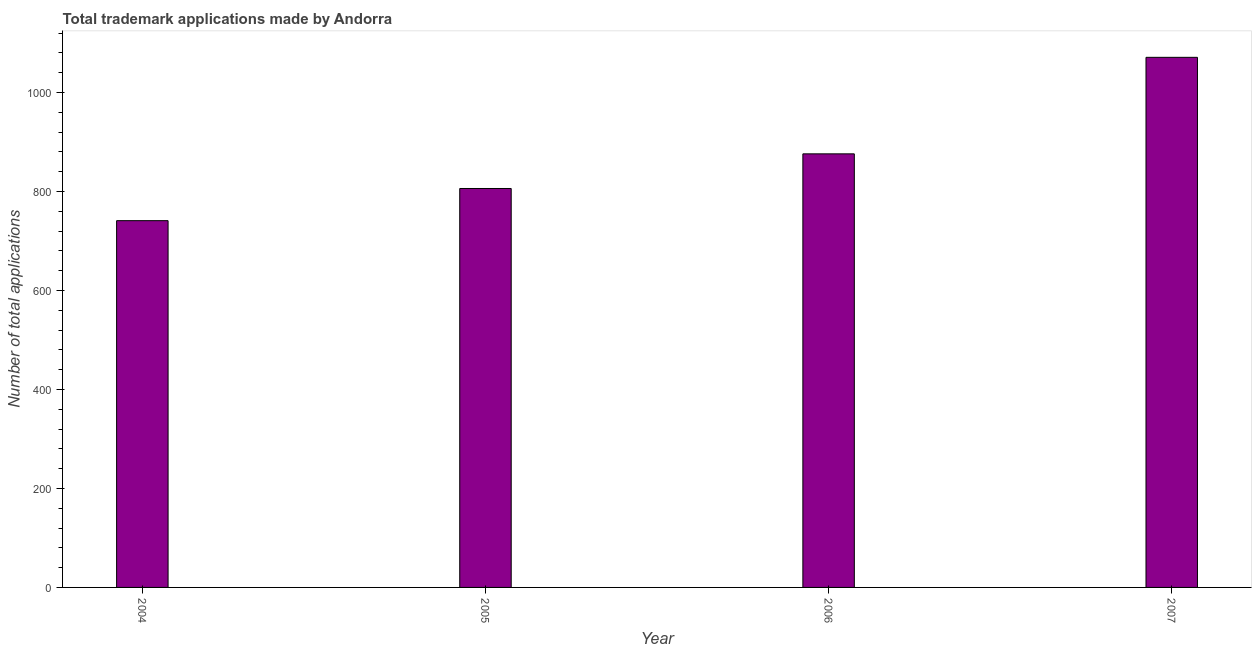
| Year | Trademark applications |
 | --- | --- |
 | 2004 | 741 |
 | 2005 | 806 |
 | 2006 | 876 |
 | 2007 | 1.07e+03 |